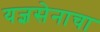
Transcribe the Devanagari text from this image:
यज्ञसेनाचा